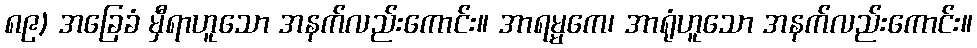
၈၉) အခြေခံ မှီရာဟူသော အနက်လည်းကောင်း။ အာရမ္မကေ၊ အာရုံဟူသော အနက်လည်းကောင်း။